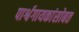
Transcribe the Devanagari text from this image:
पार्श्वगायकांसोबत